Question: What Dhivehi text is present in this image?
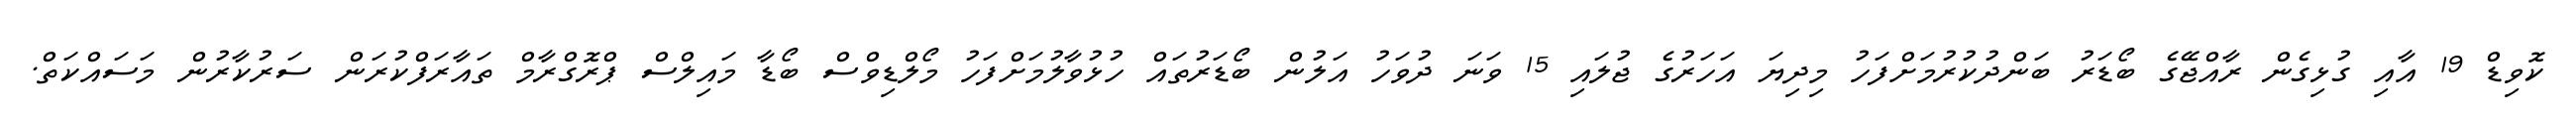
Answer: ކޮވިޑް 19 އާއި ގުޅިގެން ރާއްޖޭގެ ބޯޑަރު ބަންދުކުރުމަށްފަހު މިދިޔަ އަހަރުގެ ޖުލައި 15 ވަނަ ދުވަހު އަލުން ބޯޑަރުތައް ހުޅުވާލުމަށްފަހު މޯލްޑިވްސް ބޯޑާ މައިލްސް ޕްރޮގްރާމް ތައާރަފްކުރަން ސަރުކާރުން މަސައްކަތް.